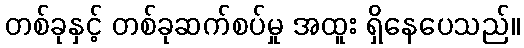
တစ်ခုနှင့် တစ်ခုဆက်စပ်မှု အထူး ရှိနေပေသည်။